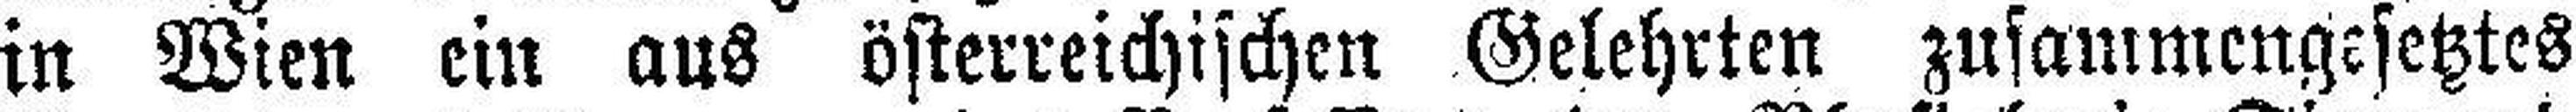
in Wien ein aus österreichischen Gelehrten zusammengesetztes